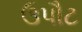
ઉપૌટ